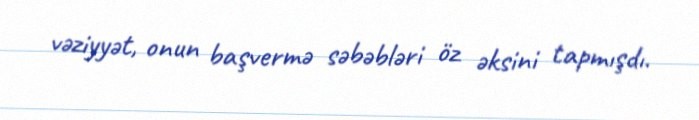
vəziyyət, onun başvermə səbəbləri öz əksini tapmışdı.